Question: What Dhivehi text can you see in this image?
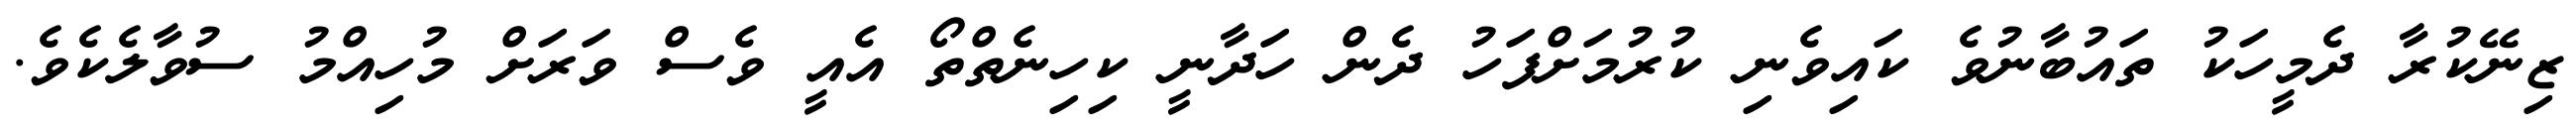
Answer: ޒިނޭކުރާ ދެމީހަކު ތައުބާނުވެ ކައިވެނި ކުރުމަށްފަހު ދެން ހަދާނީ ކިހިނެތްތޯ އެއީ ވެސް ވަރަށް މުހިއްމު ސުވާލެކެވެ.